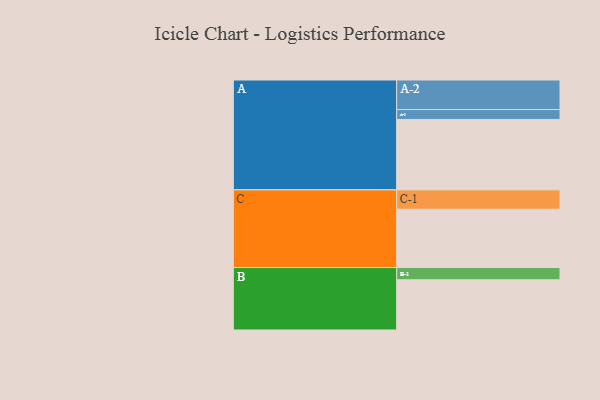
{"axis": {"x": "Segment", "y": "Value"}, "legend": ["", "A", "B", "C"], "data": [{"x": "A", "y": 477, "type": ""}, {"x": "B", "y": 340, "type": ""}, {"x": "C", "y": 395, "type": ""}, {"x": "A-1", "y": 67, "type": "A"}, {"x": "A-2", "y": 200, "type": "A"}, {"x": "B-1", "y": 83, "type": "B"}, {"x": "C-1", "y": 131, "type": "C"}]}